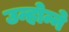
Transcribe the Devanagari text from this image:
उन्होन्ने